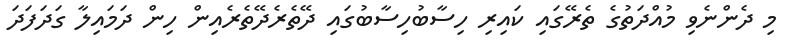
މި ދެންނެވި މުއްދަތުގެ ތެރޭގައި ކައިރި ހިސާބުހިސާބުގައި ދޭތެރެދޭތެރެއިން ހިން ދަމައިލާ ގަދަފަދަ